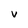
Character: V